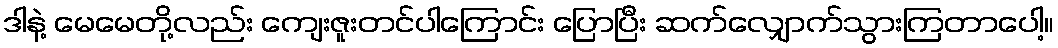
ဒါနဲ့ မေမေတို့လည်း ကျေးဇူးတင်ပါကြောင်း ပြောပြီး ဆက်လျှောက်သွားကြတာပေါ့။